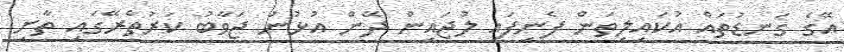
އޭގެ ގަނޑުތައް އުކައިލިތަން ފެނިފައި ލުޖައިން ދޭން އުޅުނު ޖަވާބު ކަރުތެރޭގައި ތާށި